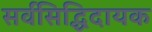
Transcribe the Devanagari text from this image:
सर्वसिद्धिदायक